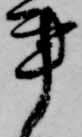
事